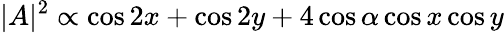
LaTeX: |A|^{2}\propto\cos 2x+\cos 2y+4\cos\alpha\cos x\cos y